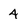
Character: 4